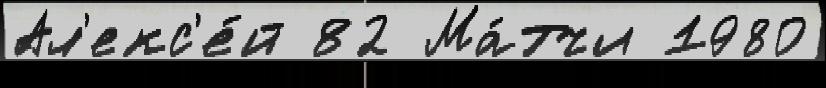
Ал'екс'е́й 82 Ма́тчи 1980